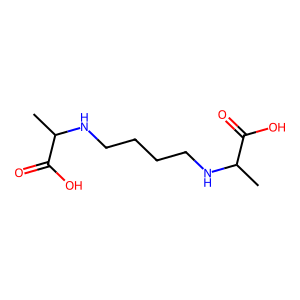
SMILES: CC(NCCCCNC(C)C(=O)O)C(=O)O
Inhibits HIV replication: No